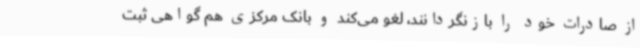
از صادرات خود را بازنگردانند، لغو می‌کند و بانک مرکزی هم گواهی ثبت